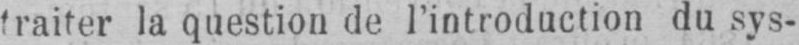
la question de l’introduction du sys-